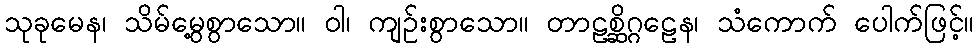
သုခုမေန၊ သိမ်မွေ့စွာသော။ ဝါ၊ ကျဉ်းစွာသော။ တာဠစ္ဆိဂ္ဂဠေန၊ သံကောက် ပေါက်ဖြင့်။